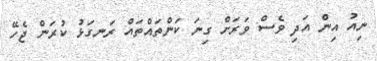
ނިއު އިން އަދި ވެސް ވަރަށް ގިނަ ކަންތައްތައް ރަނގަޅު ކުރަން ޖެހޭ